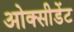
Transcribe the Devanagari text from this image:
ओक्सीडेंट